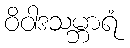
ဝိဝါဒသမ္ဘာရံ